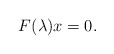
\begin{align*}F(\lambda) x = 0.\end{align*}